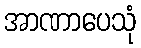
အာဏာပေသုံ